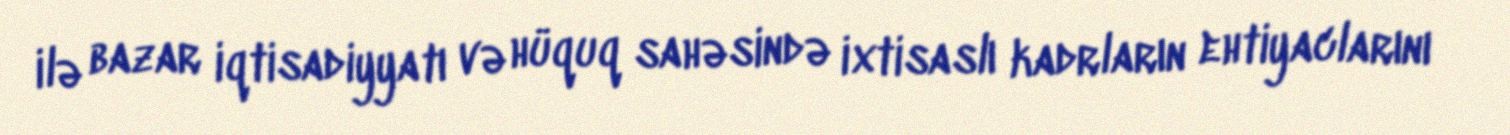
ilə bazar iqtisadiyyatı və hüquq sahəsində ixtisaslı kadrların ehtiyaclarını